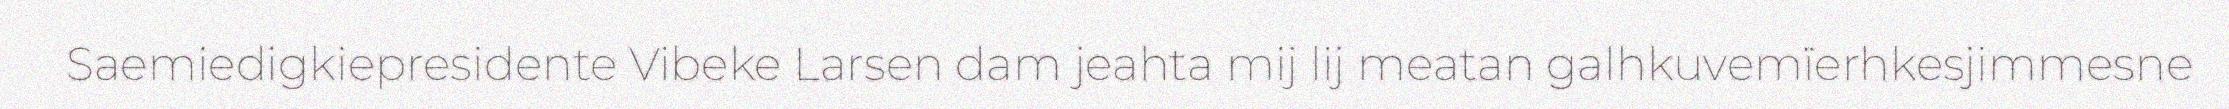
Saemiedigkiepresidente Vibeke Larsen dam jeahta mij lij meatan galhkuvemïerhkesjimmesne